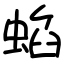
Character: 蜭